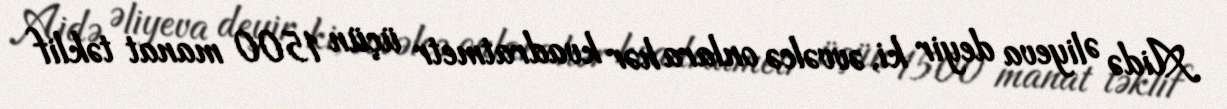
Aidə Əliyeva deyir ki, əvvəlcə onlara hər kvadratmetr üçün 1500 manat təklif